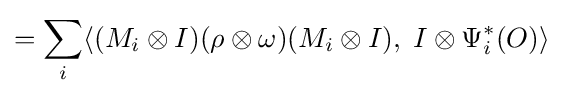
=\sum _{i}\langle (M_{i}\otimes I)(\rho \otimes \omega )(M_{i}\otimes I),\;I\otimes \Psi _{i}^{*}(O)\rangle